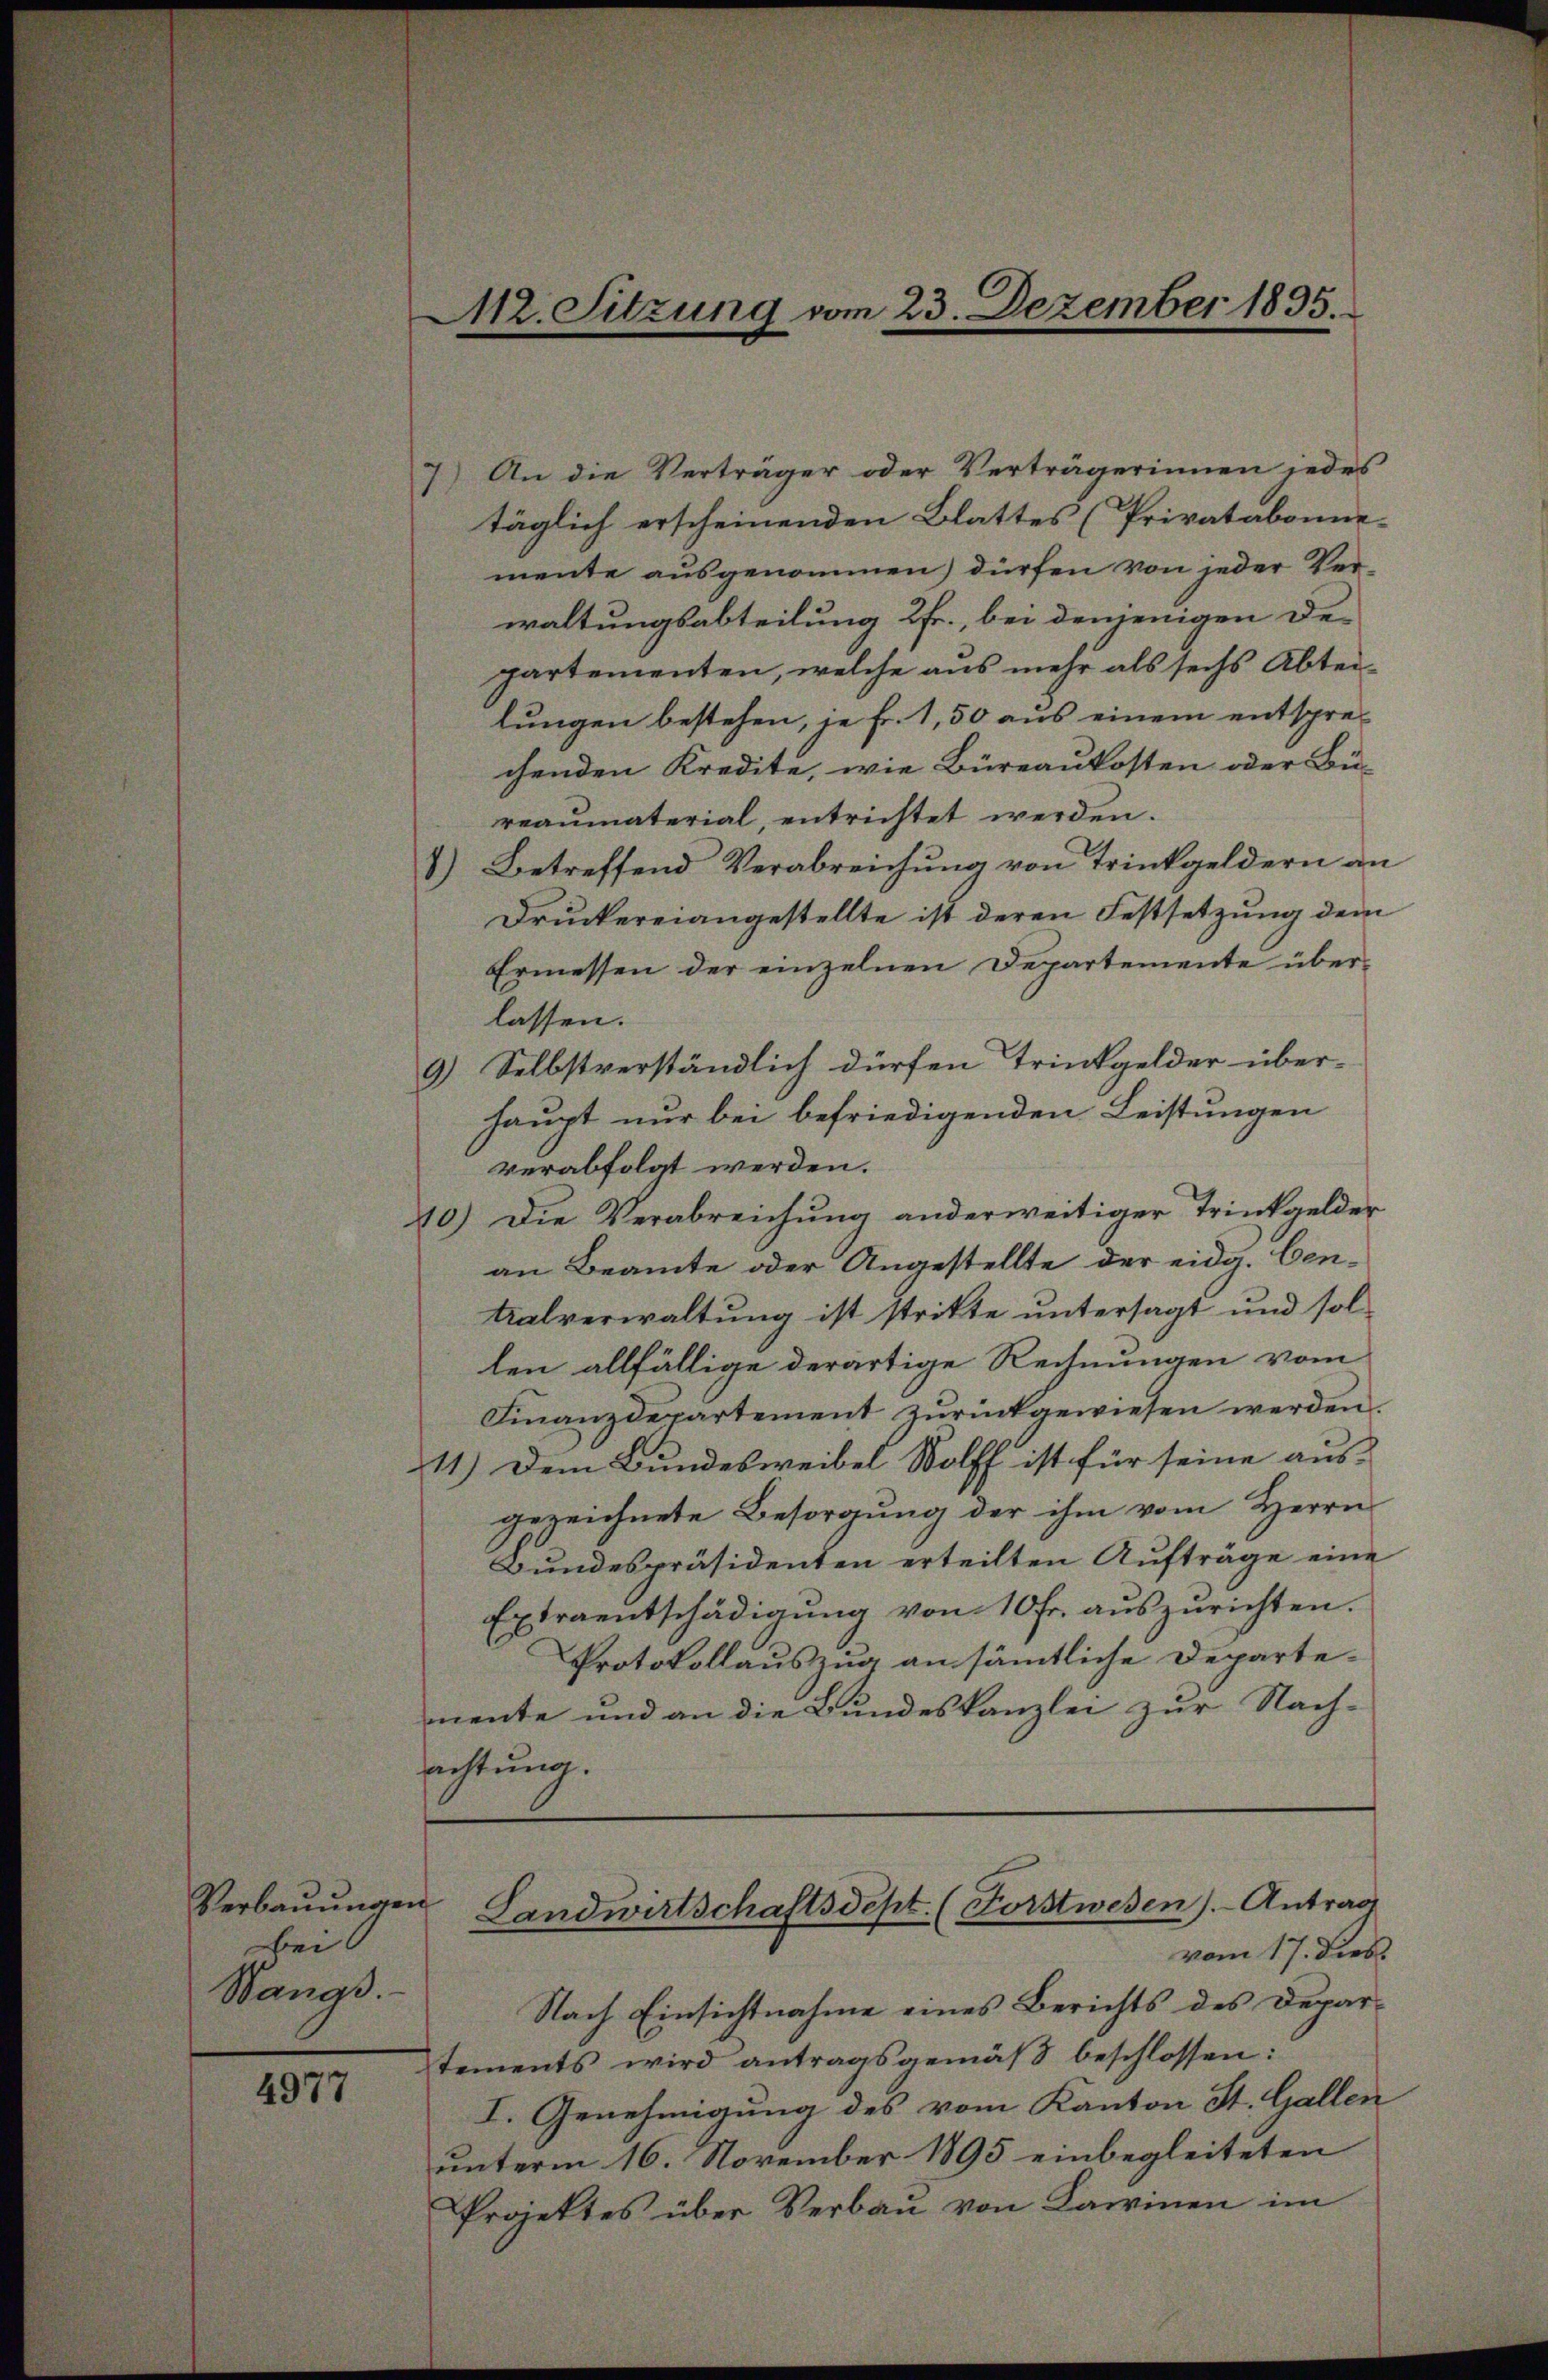
Verbauungen
Bei
Wangs

4977

s

M2. Sitzung vom 23. Dezember 1835.

7) An die Verträger oder Verträgerinnen jedes
täglich erscheinenden Blattes (Privatabonnemente ausgenommen) dürfen von jeder Verwaltungsabteilung 2fr., bei denjenigen Departementen, welche aus mehr als sechs Abteilungen bestehen, je Fr. 1,50 aus einem entsprechenden Kredite, wie Büreaukosten oder Bü-
reaŭmaterial, entrichtet werden.
1.) Betreffend Verabreichung von Trinkgeldern an
Druckereiangestellte ist deren Festsetzung dem
Ermessen der einzelnen Departemente überlassen.
9) Selbstverständlich dürfen trinkgelder über-
haupt nur bei befriedigenden Leistungen
verabfolgt werden.
10.) Die Verabreichung anderweitiger Trinkgelder
an Beamte oder Angestellte der eidg. Cen¬
Kalverwaltung ist stritte untersagt und sollen allfällige derartige Rechnungen vom
Finanzdepartement zŭrückgewiesen werden.
11.) Dem Bundesweibel Wolff ist für seine aus-
gezeichnete Besorgung der ihm vom Herrn
Bundespräsidenten erteilten Aufträge eine
Extraentschädigung von 10 fr. auszurichten.
Protokollauszug an sämmtliche Departe-
mente und an die Bundeskanzlei zur Nach-
richtung.
Landwirtschaftsdept. (Forstwesen). Antrag
vom 17. Dieb
Nach Einsichtnahme eines Berichts des Departements wird antragsgemäß beschlossen:
I. Genehmigung des vom Kanton St. Gallen
unterm 16. November 1895 einbegleiteten
Projektes über Verbau von Kammen im